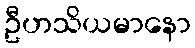
ဦဟသိယမာနော